Document type: Oath
Year: 1447
Scribe: Pere Figuerola
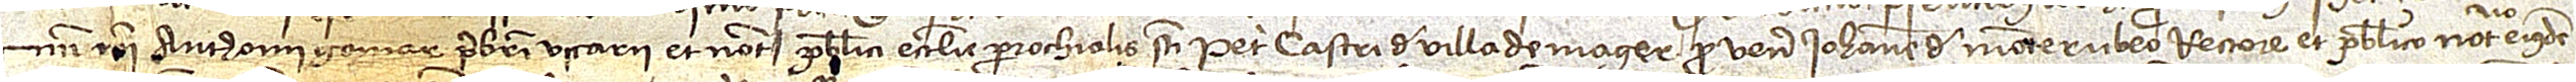
mei Anthonii Gomar, presbiteri, vicarii et notarii publici ecclesie parrochialis Sancti Petri castri de Villademager pro venerabili Iohanne de Monterubeo, rectore et publico notario eiusdem,